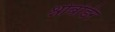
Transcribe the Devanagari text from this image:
श्नोबोर्डर